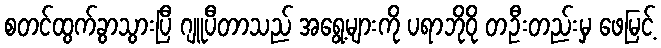
စတင်ထွက်ခွာသွားပြီ ဂျူပီတာသည် အရွေ့များကို ပရာဘိုဝို တဦးတည်းမှ ဖေမြင့်